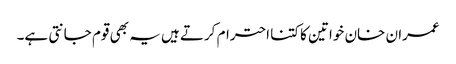
عمران خان خواتین کا کتنا احترام کرتے ہیں یہ بھی قوم جانتی ہے۔